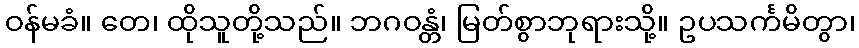
ဝန်မခံ။ တေ၊ ထိုသူတို့သည်။ ဘဂဝန္တံ၊ မြတ်စွာဘုရားသို့။ ဥပသင်္ကမိတွာ၊